Civil Veterinary Dept. Bombay admin report 1914-1922 - 1914-1922
Year: 1914
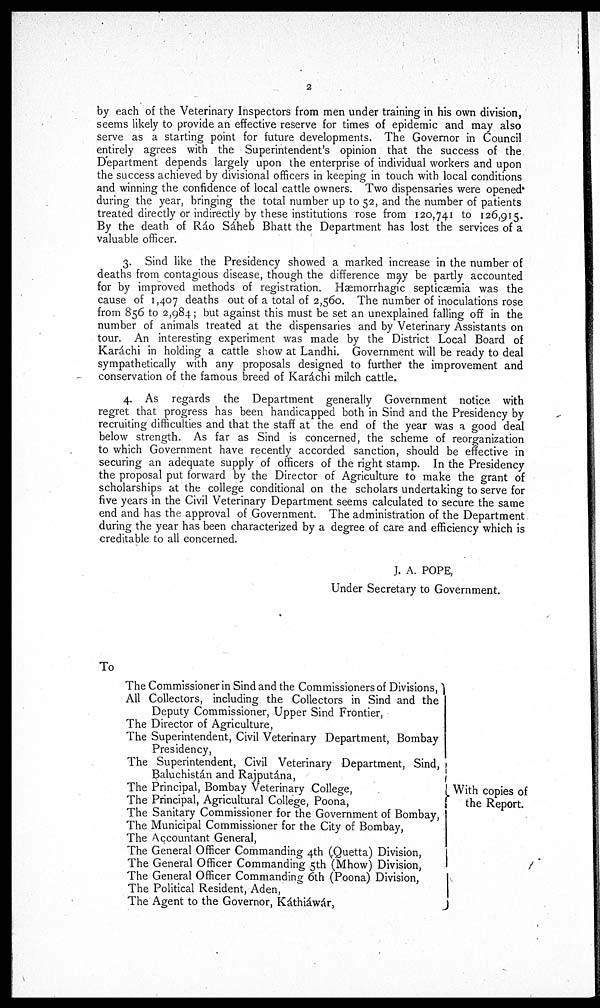
2
by each of the Veterinary Inspectors from men under training in his own division,
seems likely to provide an effective reserve for times of epidemic and may also
serve as a starting point for future developments. The Governor in Council
entirely agrees with the Superintendent's opinion that the success of the
Department depends largely upon the enterprise of individual workers and upon
the success achieved by divisional officers in keeping in touch with local conditions
and winning the confidence of local cattle owners. Two dispensaries were opened
during the year, bringing the total number up to 52, and the number of patients
treated directly or indirectly by these institutions rose from 120,741 to 126,915.
By the death of Ráo Sáheb Bhatt the Department has lost the services of a
valuable officer.
3. Sind like the Presidency showed a marked increase in the number of
deaths from contagious disease, though the difference may be partly accounted
for by improved methods of registration. Hæmorrhagic septicæmia was the
cause of 1,407 deaths out of a total of 2,560. The number of inoculations rose
from 856 to 2,984; but against this must be set an unexplained falling off in the
number of animals treated at the dispensaries and by Veterinary Assistants on
tour. An interesting experiment was made by the District Local Board of
Karáchi in holding a cattle show at Landhi. Government will be ready to deal
sympathetically with any proposals designed to further the improvement and
conservation of the famous breed of Karáchi milch cattle.
4. As regards the Department generally Government notice with
regret that progress has been handicapped both in Sind and the Presidency by
recruiting difficulties and that the staff at the end of the year was a good deal
below strength. As far as Sind is concerned, the scheme of reorganization
to which Government have recently accorded sanction, should be effective in
securing an adequate supply of officers of the right stamp. In the Presidency
the proposal put forward by the Director of Agriculture to make the grant of
scholarships at the college conditional on the scholars undertaking to serve for
five years in the Civil Veterinary Department seems calculated to secure the same
end and has the approval of Government. The administration of the Department
during the year has been characterized by a degree of care and efficiency which is
creditable to all concerned.
J. A. POPE,
Under Secretary to Government.
To
The Commissioner in Sind and the Commissioners of Divisions,
All Collectors, including the Collectors in Sind and the
Deputy Commissioner, Upper Sind Frontier,
The Director of Agriculture,
The Superintendent, Civil Veterinary Department, Bombay
Presidency,
The Superintendent, Civil Veterinary Department, Sind,
Baluchistán and Rajputána,
The Principal, Bombay Veterinary College,
The Principal, Agricultural College, Poona,
The Sanitary Commissioner for the Government of Bombay,
The Municipal Commissioner for the City of Bombay,
The Accountant General,
The General Officer Commanding 4th (Quetta) Division,
The General Officer Commanding 5th (Mhow) Division,
The General Officer Commanding 6th (Poona) Division,
The Political Resident, Aden,
The Agent to the Governor, Káthiáwár,
With copies of
the Report.